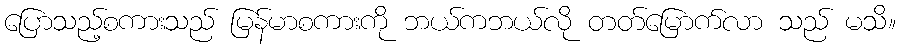
ပြောသည့်စကားသည် မြန်မာစကားကို ဘယ်ကဘယ်လို တတ်မြောက်လာ သည် မသိ။